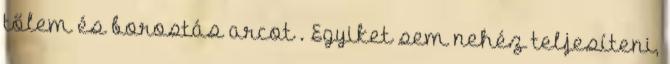
tőlem és borostás arcot . Egyiket sem nehéz teljesíteni,